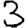
Digit: 3